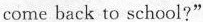
come back to school?"